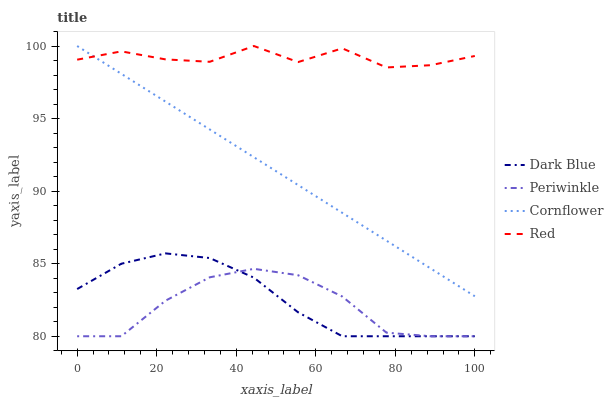
| xaxis_label | Dark Blue | Periwinkle | Cornflower | Red |
 | --- | --- | --- | --- | --- |
 | 0 | 83.3 | 80 | 100 | 99.1 |
 | 11.1 | 85 | 80 | 98.1 | 99.6 |
 | 22.2 | 85.7 | 82.5 | 96.2 | 99.1 |
 | 33.3 | 85.4 | 84.1 | 94.3 | 98.9 |
 | 44.4 | 84 | 84.6 | 92.3 | 100 |
 | 55.6 | 81.7 | 84.2 | 90.4 | 98.9 |
 | 66.7 | 80 | 82.7 | 88.5 | 99.8 |
 | 77.8 | 80 | 80.2 | 86.6 | 98.5 |
 | 88.9 | 80 | 80 | 84.7 | 98.7 |
 | 100 | 80 | 80 | 82.8 | 99.3 |